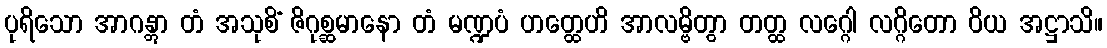
ပုရိသော အာဂန္တွာ တံ အသုစိံ ဇိဂုစ္ဆမာနော တံ မဏ္ဍပံ ဟတ္ထေဟိ အာလမ္ဗိတွာ တတ္ထ လဂ္ဂေါ လဂ္ဂိတော ဝိယ အဋ္ဌာသိ။